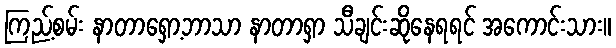
ကြည့်စမ်း နာတာရှော့ဘာသာ နာတာရှာ သီချင်းဆိုနေရရင် အကောင်းသား။